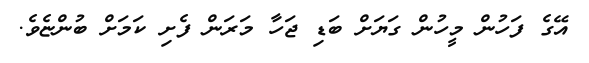
އޭގެ ފަހުން މީހުން ގަޔަށް ބަޑި ޖަހާ މަރަން ފެށި ކަމަށް ބުންޏެވެ.